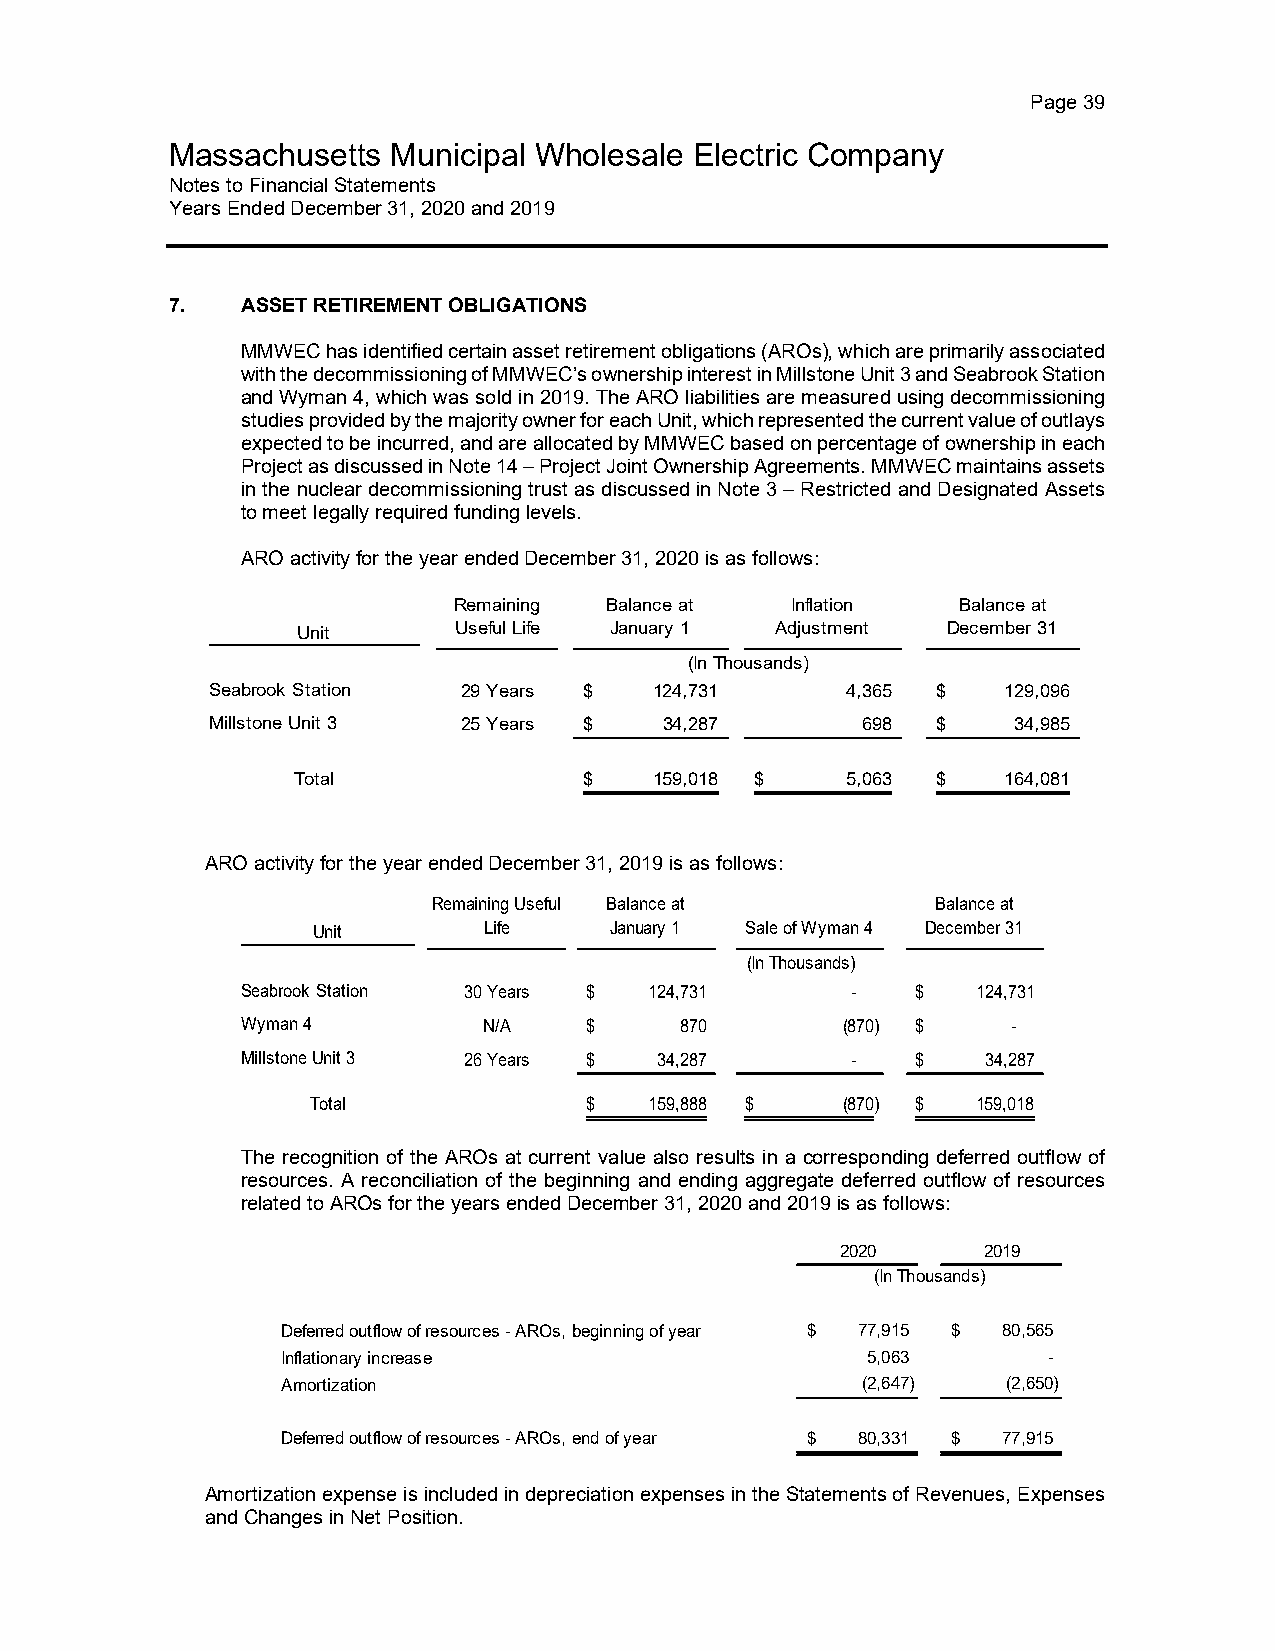
Page 39
 Massachusetts  Municipal Wholesale Electric Company
 Notes to Financial Statements
 Years Ended December 31, 2020 and 2019
 7.   ASSET RETIREMENT OBLIGATIONS
 MMWEC has identified certain asset retirement obligations (AROs), which are primarily associated
 with the decommissioning of MMWEC’s ownership interest in Millstone Unit 3 and Seabrook Station
 and Wyman 4, which was sold in 2019. The ARO liabilities are measured using decommissioning
 studies provided by the majority owner for each Unit, which represented the current value of outlays
 expected to be incurred, and are allocated by MMWEC based on percentage of ownership in each
 Project as discussed in Note 14 – Project Joint Ownership Agreements. MMWEC maintains assets
 in the nuclear decommissioning trust as discussed in Note 3 – Restricted and Designated Assets
 to meet legally required funding levels.
 ARO activity for the year ended December 31, 2020 is as follows:
 Remaining Balance at  Inflation  Balance at
 Unit      Useful Life January 1 Adjustment December 31
 (In Thousands)
 Seabrook Station 29 Years $  124,731      4,365 $   129,096
 Millstone Unit 3 25 Years $   34,287       6 98 $    34,985
 Total               $   159,018 $    5,063 $   164,081
 ARO activity for the year ended December 31, 2019 is as follows:
 Remaining Useful Balance at      Balance at
 Unit       Life    January 1 Sale of Wyman 4 December 31
 (In Thousands)
 Seabrook Station 30 Years $ 124,731     -    $   124,731
 Wyman 4         N/A    $     870        (870) $    -
 Millstone Unit 3 26 Years $ 34,287      -    $   34,287
 Total             $   159,888 $    (870) $  159,018
 The recognition of the AROs at current value also results in a corresponding deferred outflow of
 resources. A reconciliation of the beginning and ending aggregate deferred outflow of resources
 related to AROs for the years ended December 31, 2020 and 2019 is as follows:
 2020     2019
 (In Thousands)
 Deferred outflow of resources - AROs, beginning of year $ 7 7,915 $ 8 0,565
 Inflationary increase                 5 ,063      -
 Amortization                          ( 2,647)  ( 2,650)
 Deferred outflow of resources - AROs, end of year $ 8 0,331 $ 7 7,915
 Amortization expense is included in depreciation expenses in the Statements of Revenues, Expenses
 and Changes in Net Position.